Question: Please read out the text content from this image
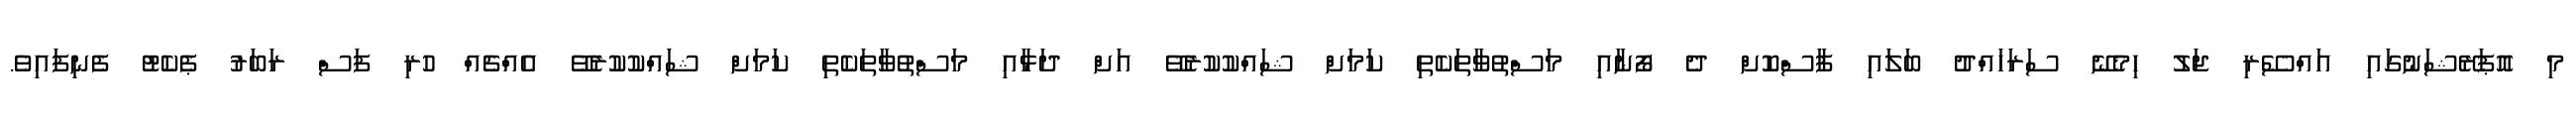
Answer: މި އޮޕަރޭޝަނުގައި އައްސޭރި ޖަލު ހިމެނޭ ސަރަހައްދު ބަލައި ފާސްކޮށް ދެ ފޯނާއި މަސްތުވާތަކެތި ކަމަށް ޝައްކުކުރެވޭ އަށް ދަޅާއި މަސްތުވާތަކެތި ކަމަށް ޝައްކުކުރެވޭ އެއްޗެއް ހުރި ފަސް ރަބަރު ޕެކެޓު ފެނިފައިވެ.